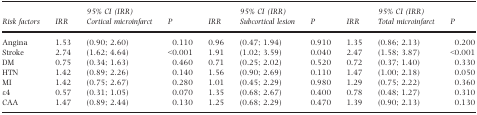
<table><thead><tr><td rowspan="2"><b>Risk factors</b></td><td rowspan="2"><b>IRR</b></td><td><b>95% CI (IRR)</b></td><td rowspan="2"><b><i>P</i></b></td><td rowspan="2"><b>IRR</b></td><td><b>95% CI (IRR)</b></td><td rowspan="2"><b><i>P</i></b></td><td rowspan="2"><b>IRR</b></td><td><b>95% CI (IRR)</b></td><td rowspan="2"><b><i>P</i></b></td></tr><tr><td><b>Cortical microinfarct</b></td><td><b>Subcortical lesion</b></td><td><b>Total microinfarct</b></td></tr></thead><tbody><tr><td>Angina</td><td>1.53</td><td>(0.90; 2.60)</td><td>0.110</td><td>0.96</td><td>(0.47; 1.94)</td><td>0.910</td><td>1.35</td><td>(0.86; 2.13)</td><td>0.200</td></tr><tr><td>Stroke</td><td>2.74</td><td>(1.62; 4.64)</td><td>&lt;0.001</td><td>1.91</td><td>(1.02; 3.59)</td><td>0.040</td><td>2.47</td><td>(1.58; 3.87)</td><td>&lt;0.001</td></tr><tr><td>DM</td><td>0.75</td><td>(0.34; 1.63)</td><td>0.460</td><td>0.71</td><td>(0.25; 2.02)</td><td>0.520</td><td>0.72</td><td>(0.37; 1.40)</td><td>0.330</td></tr><tr><td>HTN</td><td>1.42</td><td>(0.89; 2.26)</td><td>0.140</td><td>1.56</td><td>(0.90; 2.69)</td><td>0.110</td><td>1.47</td><td>(1.00; 2.18)</td><td>0.050</td></tr><tr><td>MI</td><td>1.42</td><td>(0.75; 2.67)</td><td>0.280</td><td>1.01</td><td>(0.45; 2.29)</td><td>0.980</td><td>1.29</td><td>(0.75; 2.22)</td><td>0.360</td></tr><tr><td>ε4</td><td>0.57</td><td>(0.31; 1.05)</td><td>0.070</td><td>1.35</td><td>(0.68; 2.67)</td><td>0.400</td><td>0.78</td><td>(0.48; 1.27)</td><td>0.310</td></tr><tr><td>CAA</td><td>1.47</td><td>(0.89; 2.44)</td><td>0.130</td><td>1.25</td><td>(0.68; 2.29)</td><td>0.470</td><td>1.39</td><td>(0.90; 2.13)</td><td>0.130</td></tr></tbody></table>